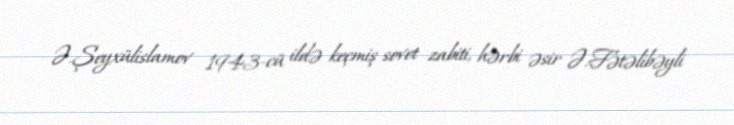
Ə.Şeyxülislamov 1943-cü ildə keçmiş sovet zabiti, hərbi əsir Ə.Fətəlibəyli